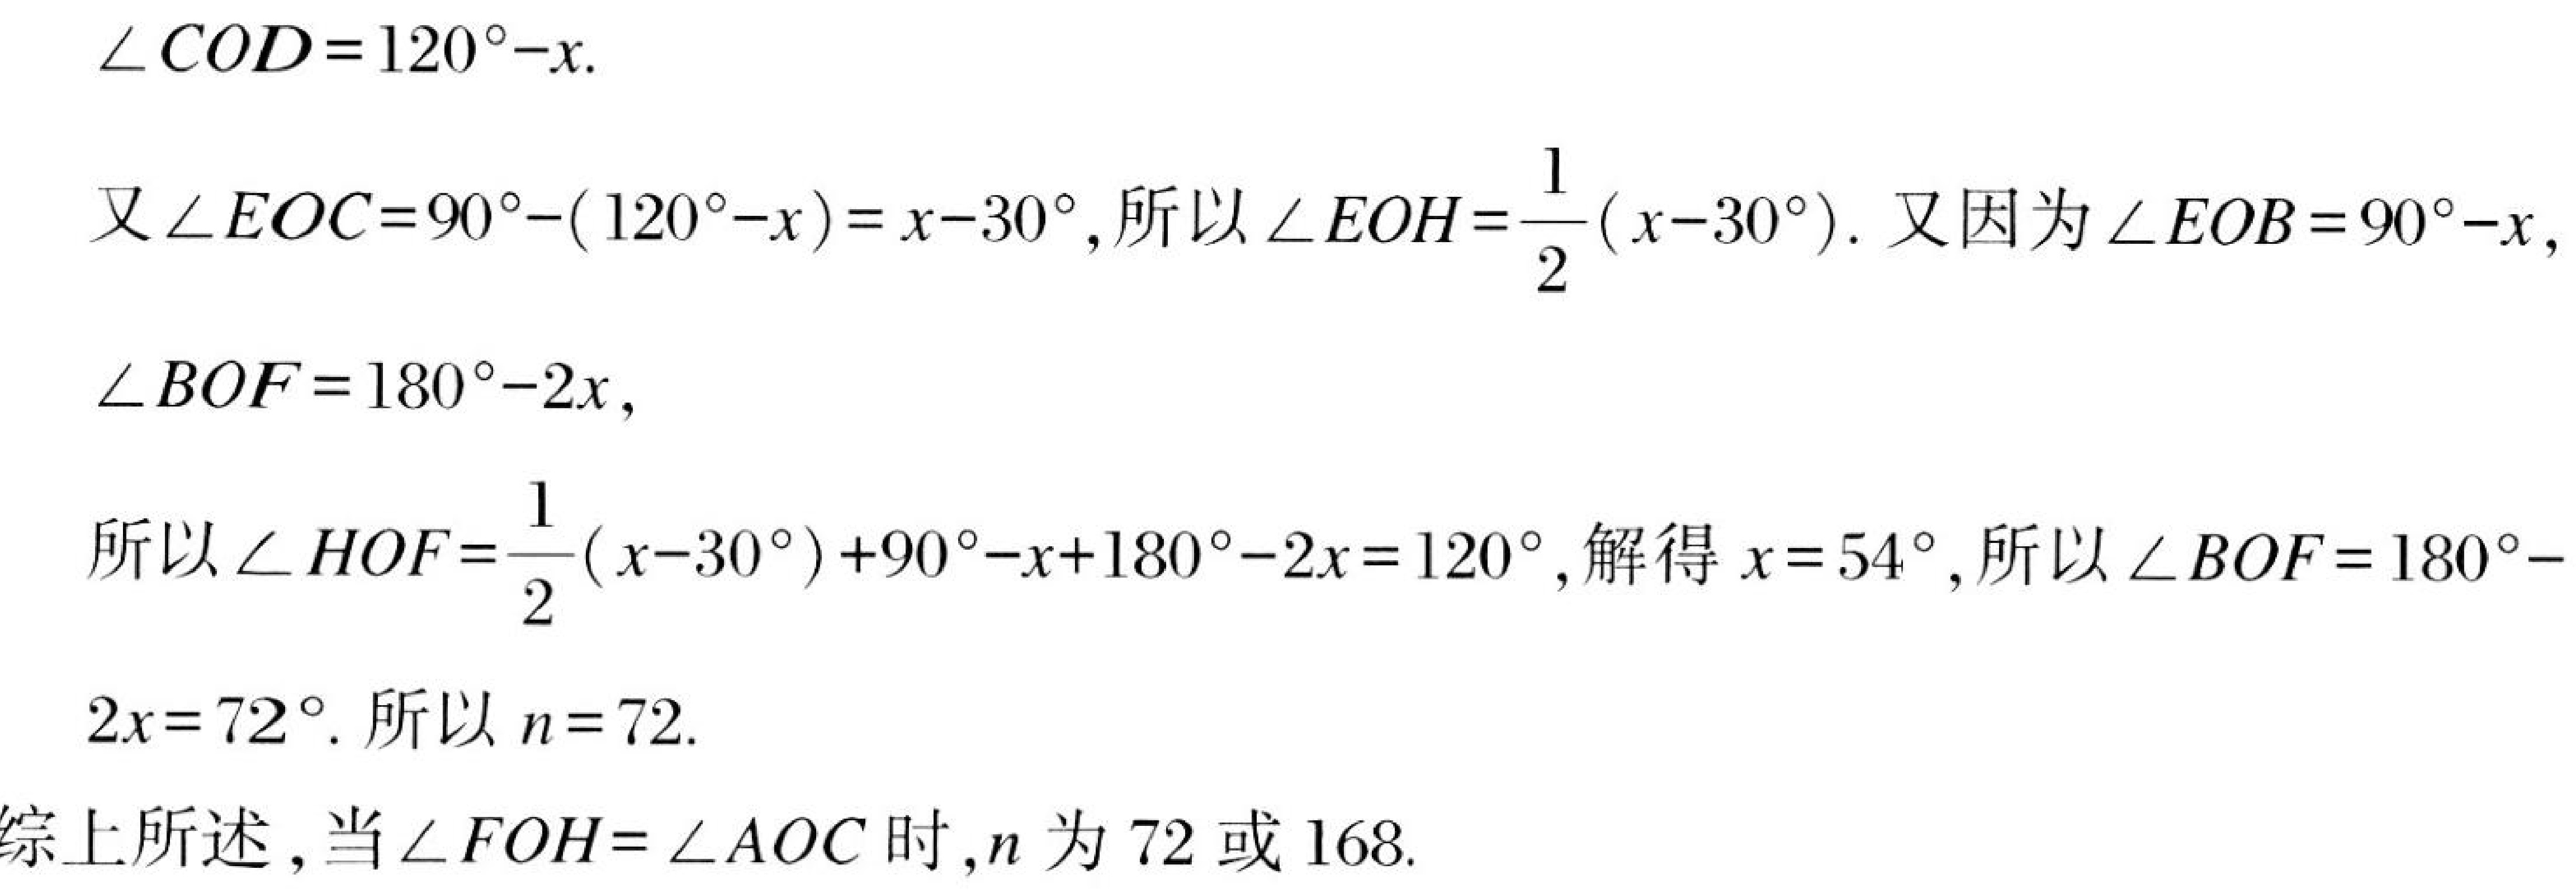
\(\angle COD = 120^{\circ}-x.\)
又\(\angle EOC = 90^{\circ}-(120^{\circ}-x)=x - 30^{\circ}\), 所以\(\angle EOH=\frac{1}{2}(x - 30^{\circ})\). 又因为\(\angle EOB = 90^{\circ}-x\),
\(\angle BOF = 180^{\circ}-2x\),
所以\(\angle HOF=\frac{1}{2}(x - 30^{\circ})+90^{\circ}-x + 180^{\circ}-2x = 120^{\circ}\), 解得\(x = 54^{\circ}\), 所以\(\angle BOF = 180^{\circ}-
2x = 72^{\circ}\). 所以\(n = 72\).
综上所述 , 当\(\angle FOH=\angle AOC\)时 , \(n\)为 \(72\) 或 \(168\).